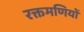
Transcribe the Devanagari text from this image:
रक्तमणियों